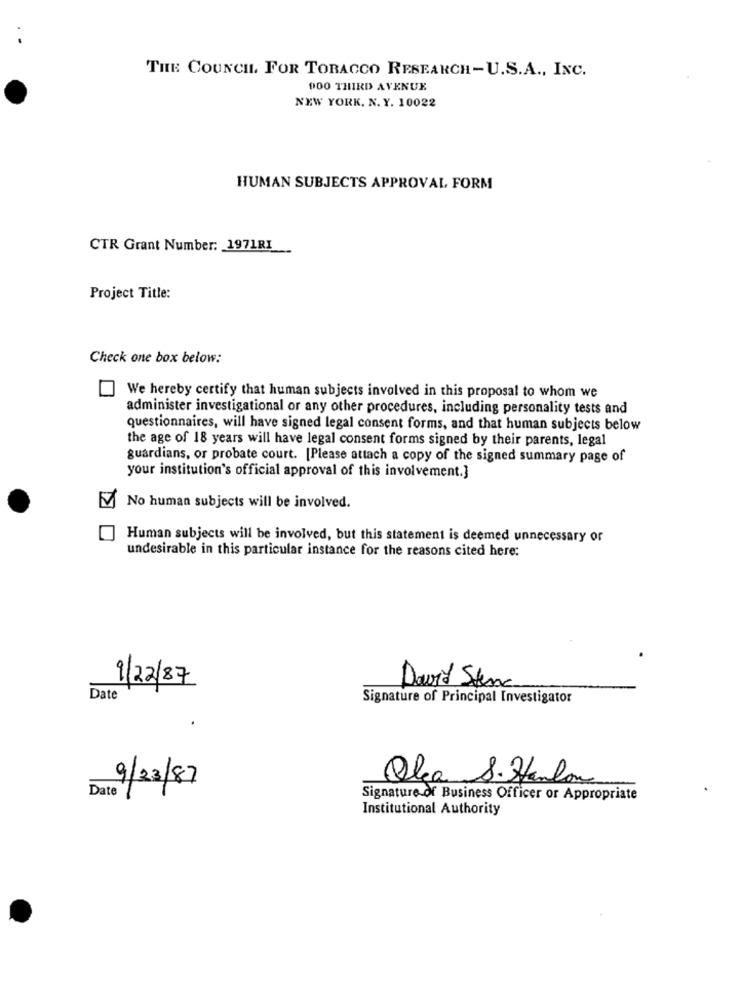
THE COUNCIL. FOR TOBACCO RESEARCH-U.S.A ., INC.
900 THIRD AVENUE
NEW YORK, N. Y. 10022
HUMAN SUBJECTS APPROVAL FORM
CTR Grant Number: 1971RI
Project Title:
Check one box below:
We hereby certify that human subjects involved in this proposal to whom we
administer investigational or any other procedures, including personality tests and
questionnaires, will have signed legal consent forms, and that human subjects below
the age of 18 years will have legal consent forms signed by their parents, legal
guardians, or probate court. [Please attach a copy of the signed summary page of
your institution's official approval of this involvement.]
No human subjects will be involved.
Human subjects will be involved, but this statement is deemed unnecessary or
undesirable in this particular instance for the reasons cited here:
9/22/87
David Sten
Date
Signature of Principal Investigator
9/23/87
Olia S. Hanlon
Date
Signature of Business Officer or Appropriate
Institutional Authority